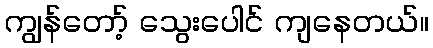
ကျွန်တော့် သွေးပေါင် ကျနေတယ်။